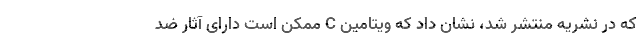
که در نشریه منتشر شد، نشان داد که ویتامین C ممکن است دارای آثار ضد